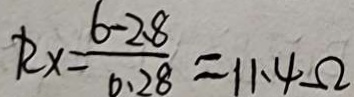
R _ { x } = \frac { 6 - 2 . 8 } { 0 . 2 8 } = 1 1 . 4 \Omega